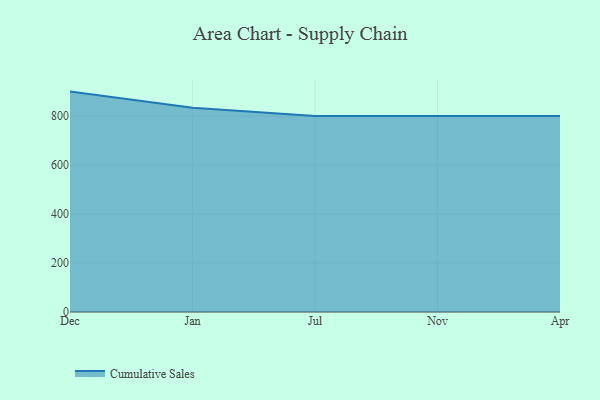
{"axis": {"x": "Month", "y": "Customer Acquisition Cost (USD)"}, "legend": ["Cumulative Sales"], "data": [{"x": "Dec", "y": 899.9, "type": "Cumulative Sales"}, {"x": "Jan", "y": 833.8, "type": "Cumulative Sales"}, {"x": "Jul", "y": 800, "type": "Cumulative Sales"}, {"x": "Nov", "y": 800, "type": "Cumulative Sales"}, {"x": "Apr", "y": 800, "type": "Cumulative Sales"}]}